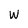
Character: w